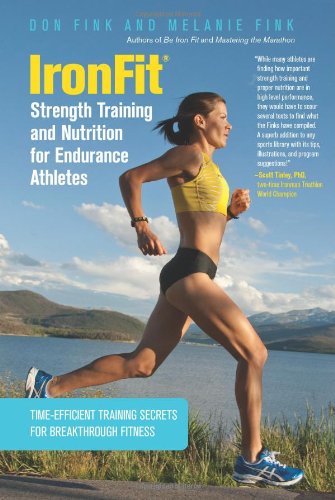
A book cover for IronFit Strength Training and Nutrition for Endurance Athletes: Time Efficient Training Secrets For Breakthrough Fitness; Don Fink; Health, Fitness & Dieting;